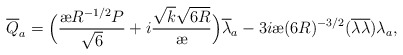
\begin{align*}{\overline{Q}}_a = \Big(\frac{{\mbox{\ae}} R^{-1/2} P}{\sqrt {6}} + i \frac{\sqrt{k} \sqrt{6R}}{{\mbox{\ae}}} \Big ) {\overline{\lambda}_a} - 3i{\mbox{\ae}} (6 R)^{-3/2} ({\overline{\lambda}} {\overline{\lambda}})\lambda_a, \end{align*}